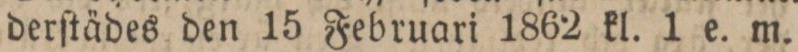
derſtädes den 15 Februari 1862 kl. 1 e. m.